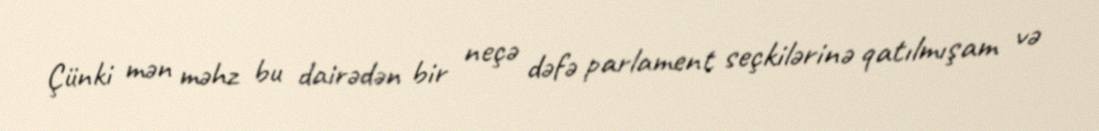
Çünki mən məhz bu dairədən bir neçə dəfə parlament seçkilərinə qatılmışam və